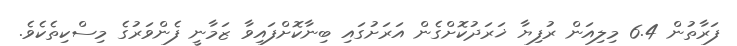
ފަރާތުން 6.4 މިލިއަން ރުފިޔާ ޚަރަދުކޮށްގެން އަރަށުގައި ބިނާކޮށްފައިވާ ޒަމާނީ ފެންވަރުގެ މިސްކިތެކެވެ.